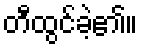
တီထွင်ခဲ့၏။